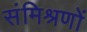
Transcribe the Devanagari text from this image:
संमिश्रणों